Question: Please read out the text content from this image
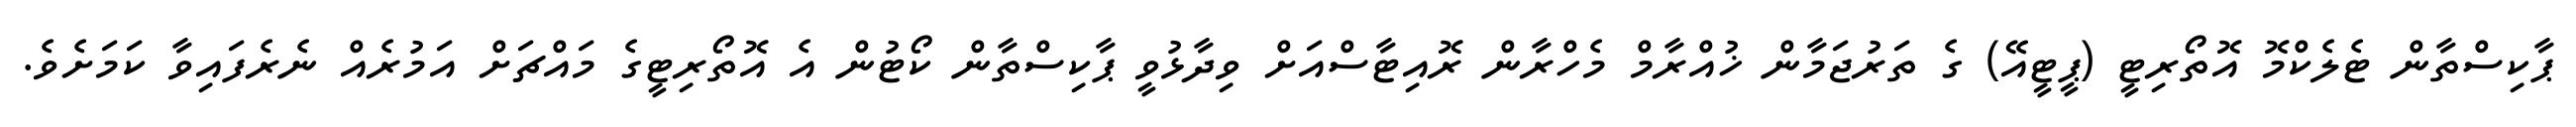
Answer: ޕާކިސްތާން ޓެލެކްމޮ އޮތޯރިޓީ (ޕީޓީއޭ) ގެ ތަރުޖަމާން ޚުއްރާމް މެހްރާން ރޮއިޓާސްއަށް ވިދާޅުވީ ޕާކިސްތާން ކޯޓުން އެ އޮތޯރިޓީގެ މައްޗަށް އަމުރެއް ނެރެފައިވާ ކަމަށެވެ.